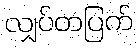
လျှပ်တပြက်